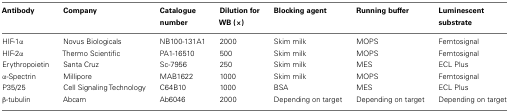
<table><thead><tr><td><b>Antibody</b></td><td><b>Company</b></td><td><b>Catalogue number</b></td><td><b>Dilution for WB (×)</b></td><td><b>Blocking agent</b></td><td><b>Running buffer</b></td><td><b>Luminescent substrate</b></td></tr></thead><tbody><tr><td>HIF-1α</td><td>Novus Biologicals</td><td>NB100-131A1</td><td>2000</td><td>Skim milk</td><td>MOPS</td><td>Femtosignal</td></tr><tr><td>HIF-2α</td><td>Thermo Scientific</td><td>PA1-16510</td><td>500</td><td>Skim milk</td><td>MOPS</td><td>Femtosignal</td></tr><tr><td>Erythropoietin</td><td>Santa Cruz</td><td>Sc-7956</td><td>250</td><td>Skim milk</td><td>MES</td><td>ECL Plus</td></tr><tr><td>α-Spectrin</td><td>Millipore</td><td>MAB1622</td><td>1000</td><td>Skim milk</td><td>MOPS</td><td>Femtosignal</td></tr><tr><td>P35/25</td><td>Cell Signaling Technology</td><td>C64B10</td><td>1000</td><td>BSA</td><td>MES</td><td>ECL Plus</td></tr><tr><td>β-tubulin</td><td>Abcam</td><td>Ab6046</td><td>2000</td><td>Depending on target</td><td>Depending on target</td><td>Depending on target</td></tr></tbody></table>